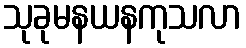
သုခုမနယနကုသလာ